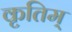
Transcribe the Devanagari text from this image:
कृतिम्